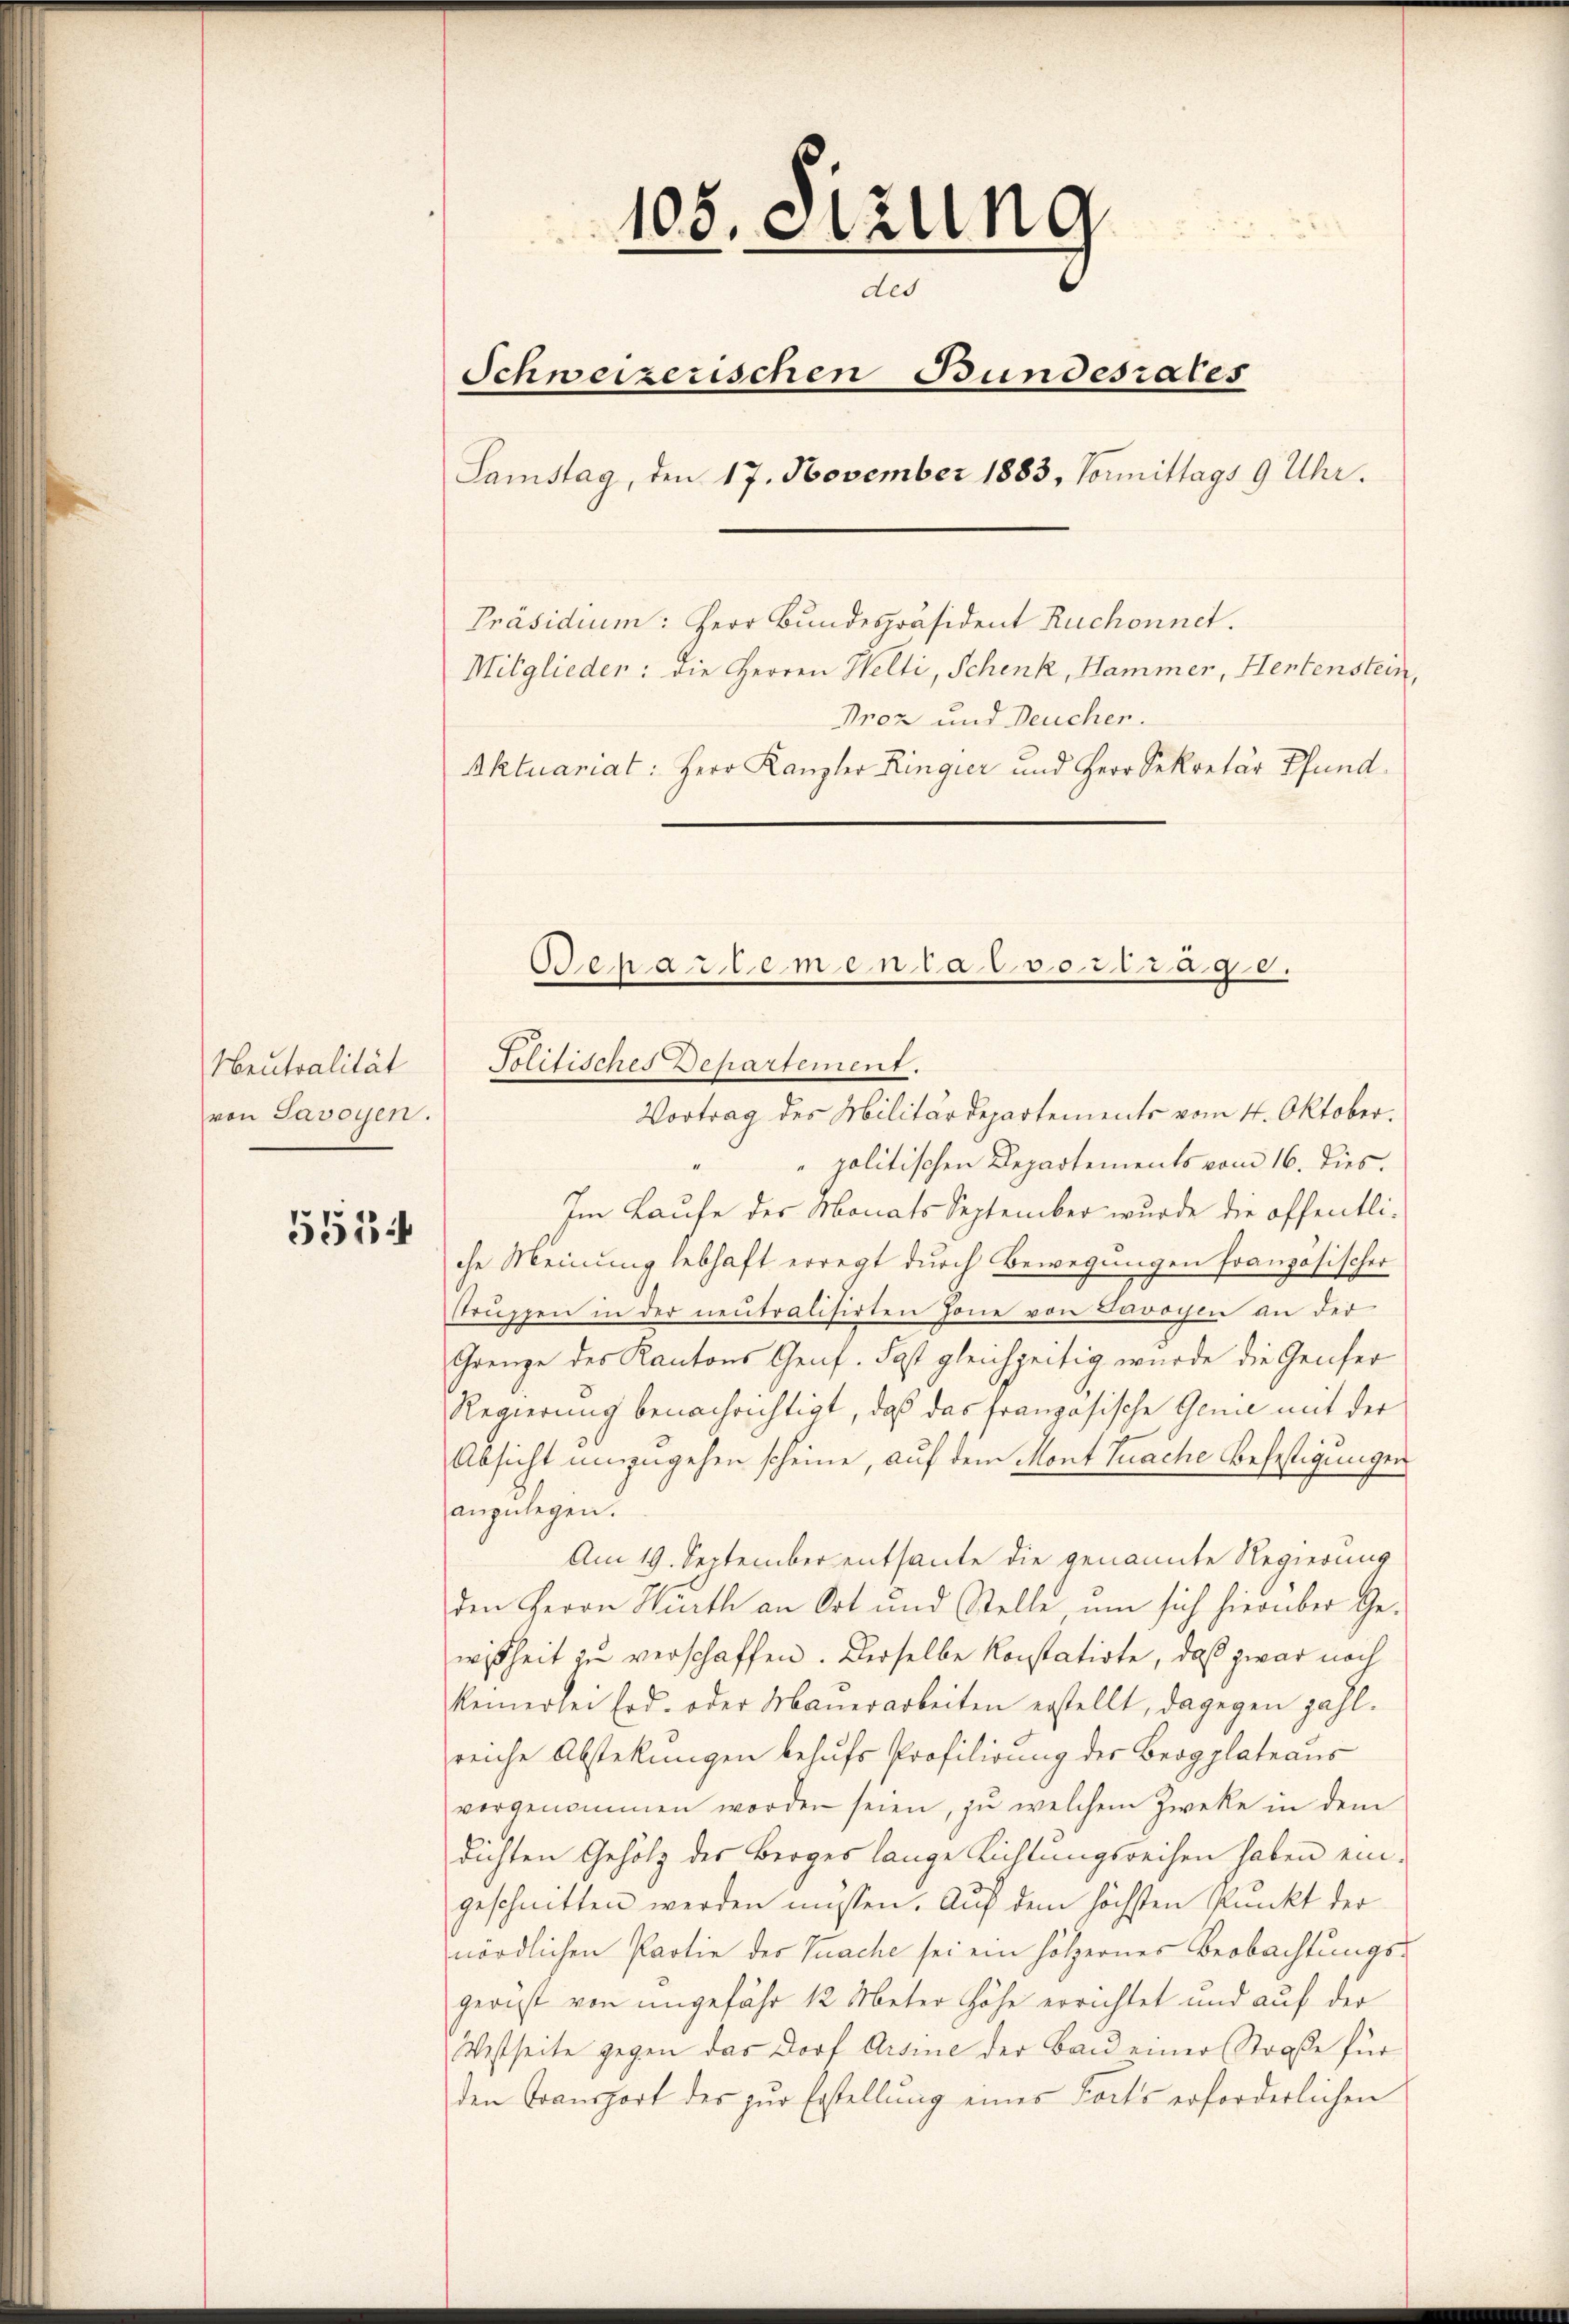
Neutralität
von Savoyen.

5514

105. Sitzung
des
Schweizerischen Bundesrates
Samstag, den 17. November 1883, Vormittags 9 Uhr.
Präsidium: Herr Bundespräsident Ruchonnet.
Mitglieder: die Herren Welti, Schenk, Hammer, Hentenstein,
Proz und Deucher.
Aktuariat: Herr Kanzler Ringier und Herr Sekretär Pfund

Vortrag des Militärdepartements vom 4. Oktober.
" politischen Departements vom 16. dies.
Im Laufe des Monats September wurde die öffentliche Meinung lebhaft erregt durch Bewegungen französischer
Trŭppen in der neutralisirten Jone von Barochen an der
Grenze des Kantons Genf. Fast gleichzeitig wurde die Genfer
Regierung benachrichtigt, daß das französische Genie mit der
Absicht umzugehen scheine, auf dem Mont Tuache Befestigungen
anzulegen.
Am 19. September entsante die genannte Regierung
den Herrn Würth an Ort und Stelle um sich hierüber Ge-
wißheit zu verschaffen. Derselbe konstatirte, daß zwar noch
keinerlei Erd- oder Mauerarbeiten erstellt, dagegen zahl-
reiche Abstekungen behufs Profitirung der Bergplateaus
vorgenommen worden seien, zu welchem Zwecke in dem
dichten Gehölz des Berges lange Richtungsreisen haben eingeschnitten werden müssen. Auf dem höchsten Punkt der
nördlichen Partie der Tuache sei ein hölzernes Beobachtungs-
gericht von ungefähr 12 Meter Höhe errichtet und auf der
Wistseite gegen das Dorf Arsine der Bau einer Straße für
den Transport des zŭr Erstellung eines Forts erforderlichen

Politisches Departement.

Schad dem an das vorrage.